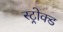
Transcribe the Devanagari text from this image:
स्ट्रोक्ड